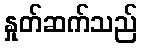
နှုတ်ဆက်သည်